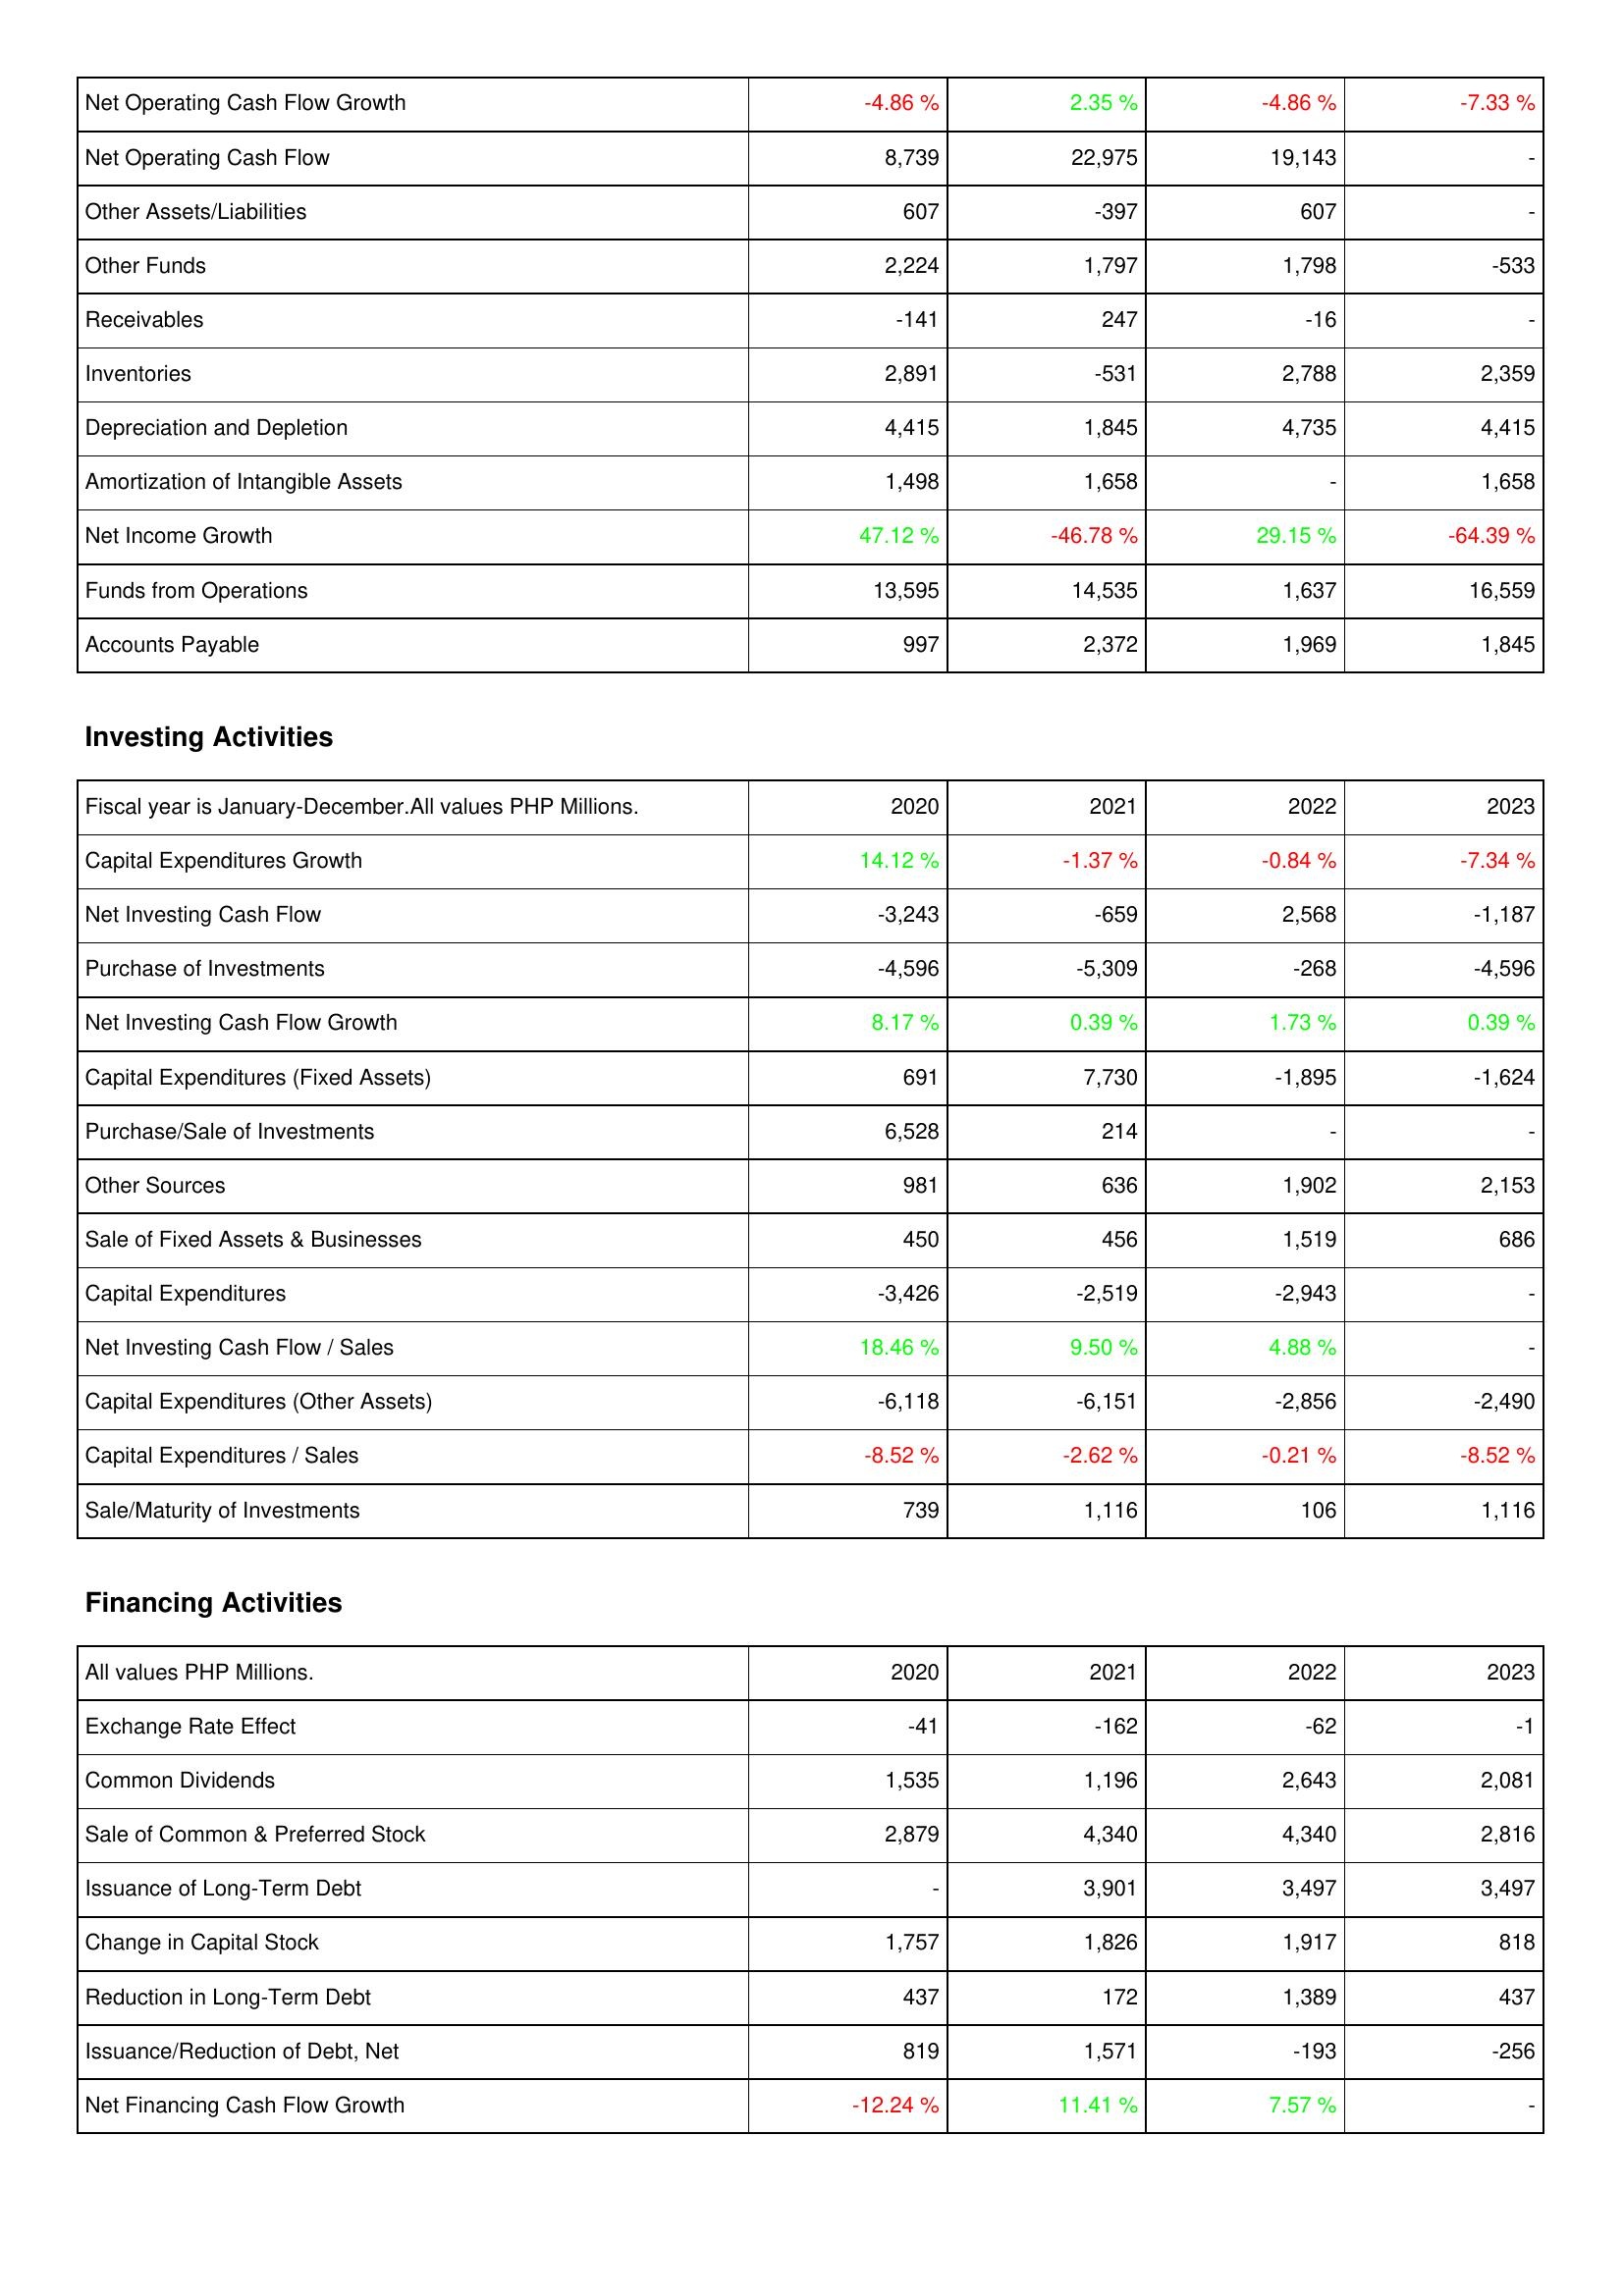
2020: Operating Activities: Net Operating Cash Flow Growth: -4.86 %
Net Operating Cash Flow: 8,739
Other Assets/Liabilities: 607
Other Funds: 2,224
Receivables: -141
Inventories: 2,891
Depreciation and Depletion: 4,415
Amortization of Intangible Assets: 1,498
Net Income Growth: 47.12 %
Funds from Operations: 13,595
Accounts Payable: 997
Investing Activities: Capital Expenditures Growth: 14.12 %
Net Investing Cash Flow: -3,243
Purchase of Investments: -4,596
Net Investing Cash Flow Growth: 8.17 %
Capital Expenditures (Fixed Assets): 691
Purchase/Sale of Investments: 6,528
Other Sources: 981
Sale of Fixed Assets & Businesses: 450
Capital Expenditures: -3,426
Net Investing Cash Flow / Sales: 18.46 %
Capital Expenditures (Other Assets): -6,118
Capital Expenditures / Sales: -8.52 %
Sale/Maturity of Investments: 739
Financing Activities: Exchange Rate Effect: -41
Common Dividends: 1,535
Sale of Common & Preferred Stock: 2,879
Issuance of Long-Term Debt: -
Change in Capital Stock: 1,757
Reduction in Long-Term Debt: 437
Issuance/Reduction of Debt, Net: 819
Net Financing Cash Flow Growth: -12.24 %
2021: Operating Activities: Net Operating Cash Flow Growth: 2.35 %
Net Operating Cash Flow: 22,975
Other Assets/Liabilities: -397
Other Funds: 1,797
Receivables: 247
Inventories: -531
Depreciation and Depletion: 1,845
Amortization of Intangible Assets: 1,658
Net Income Growth: -46.78 %
Funds from Operations: 14,535
Accounts Payable: 2,372
Investing Activities: Capital Expenditures Growth: -1.37 %
Net Investing Cash Flow: -659
Purchase of Investments: -5,309
Net Investing Cash Flow Growth: 0.39 %
Capital Expenditures (Fixed Assets): 7,730
Purchase/Sale of Investments: 214
Other Sources: 636
Sale of Fixed Assets & Businesses: 456
Capital Expenditures: -2,519
Net Investing Cash Flow / Sales: 9.50 %
Capital Expenditures (Other Assets): -6,151
Capital Expenditures / Sales: -2.62 %
Sale/Maturity of Investments: 1,116
Financing Activities: Exchange Rate Effect: -162
Common Dividends: 1,196
Sale of Common & Preferred Stock: 4,340
Issuance of Long-Term Debt: 3,901
Change in Capital Stock: 1,826
Reduction in Long-Term Debt: 172
Issuance/Reduction of Debt, Net: 1,571
Net Financing Cash Flow Growth: 11.41 %
2022: Operating Activities: Net Operating Cash Flow Growth: -4.86 %
Net Operating Cash Flow: 19,143
Other Assets/Liabilities: 607
Other Funds: 1,798
Receivables: -16
Inventories: 2,788
Depreciation and Depletion: 4,735
Amortization of Intangible Assets: -
Net Income Growth: 29.15 %
Funds from Operations: 1,637
Accounts Payable: 1,969
Investing Activities: Capital Expenditures Growth: -0.84 %
Net Investing Cash Flow: 2,568
Purchase of Investments: -268
Net Investing Cash Flow Growth: 1.73 %
Capital Expenditures (Fixed Assets): -1,895
Purchase/Sale of Investments: -
Other Sources: 1,902
Sale of Fixed Assets & Businesses: 1,519
Capital Expenditures: -2,943
Net Investing Cash Flow / Sales: 4.88 %
Capital Expenditures (Other Assets): -2,856
Capital Expenditures / Sales: -0.21 %
Sale/Maturity of Investments: 106
Financing Activities: Exchange Rate Effect: -62
Common Dividends: 2,643
Sale of Common & Preferred Stock: 4,340
Issuance of Long-Term Debt: 3,497
Change in Capital Stock: 1,917
Reduction in Long-Term Debt: 1,389
Issuance/Reduction of Debt, Net: -193
Net Financing Cash Flow Growth: 7.57 %
2023: Operating Activities: Net Operating Cash Flow Growth: -7.33 %
Net Operating Cash Flow: -
Other Assets/Liabilities: -
Other Funds: -533
Receivables: -
Inventories: 2,359
Depreciation and Depletion: 4,415
Amortization of Intangible Assets: 1,658
Net Income Growth: -64.39 %
Funds from Operations: 16,559
Accounts Payable: 1,845
Investing Activities: Capital Expenditures Growth: -7.34 %
Net Investing Cash Flow: -1,187
Purchase of Investments: -4,596
Net Investing Cash Flow Growth: 0.39 %
Capital Expenditures (Fixed Assets): -1,624
Purchase/Sale of Investments: -
Other Sources: 2,153
Sale of Fixed Assets & Businesses: 686
Capital Expenditures: -
Net Investing Cash Flow / Sales: -
Capital Expenditures (Other Assets): -2,490
Capital Expenditures / Sales: -8.52 %
Sale/Maturity of Investments: 1,116
Financing Activities: Exchange Rate Effect: -1
Common Dividends: 2,081
Sale of Common & Preferred Stock: 2,816
Issuance of Long-Term Debt: 3,497
Change in Capital Stock: 818
Reduction in Long-Term Debt: 437
Issuance/Reduction of Debt, Net: -256
Net Financing Cash Flow Growth: -